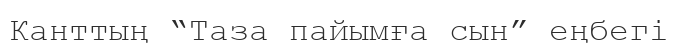
Канттың “Таза пайымға сын” еңбегі